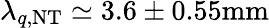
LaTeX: \lambda_{q,\mathrm{{NT}}}\simeq 3.6\pm 0.55\mathrm{{mm}}